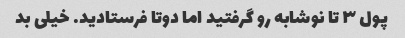
پول ۳ تا نوشابه رو گرفتید اما دوتا فرستادید. خیلی بد